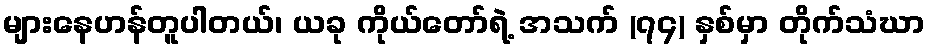
များနေဟန်တူပါတယ်၊ ယခု ကိုယ်တော်ရဲ့ အသက် (၇၄) နှစ်မှာ တိုက်သံဃာ